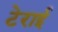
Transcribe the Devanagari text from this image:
टेराई